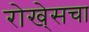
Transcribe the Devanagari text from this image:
रोखे्सचा